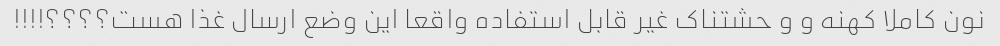
نون کاملا کهنه و و حشتناک غیر قابل استفاده واقعا این وضع ارسال غذا هست؟؟؟؟!!!!